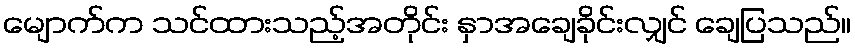
မျောက်က သင်ထားသည့်အတိုင်း နှာအချေခိုင်းလျှင် ချေပြသည်။